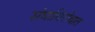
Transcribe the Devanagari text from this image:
संघाविरोधात